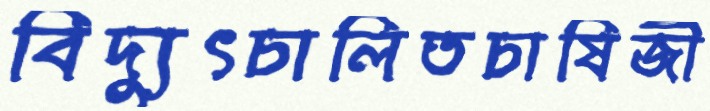
বিদ্যুৎচালিতচাষিজী